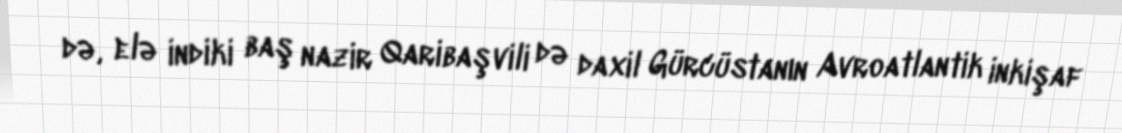
də, elə indiki baş nazir Qaribaşvili də daxil Gürcüstanın Avroatlantik inkişaf